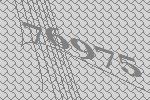
76975